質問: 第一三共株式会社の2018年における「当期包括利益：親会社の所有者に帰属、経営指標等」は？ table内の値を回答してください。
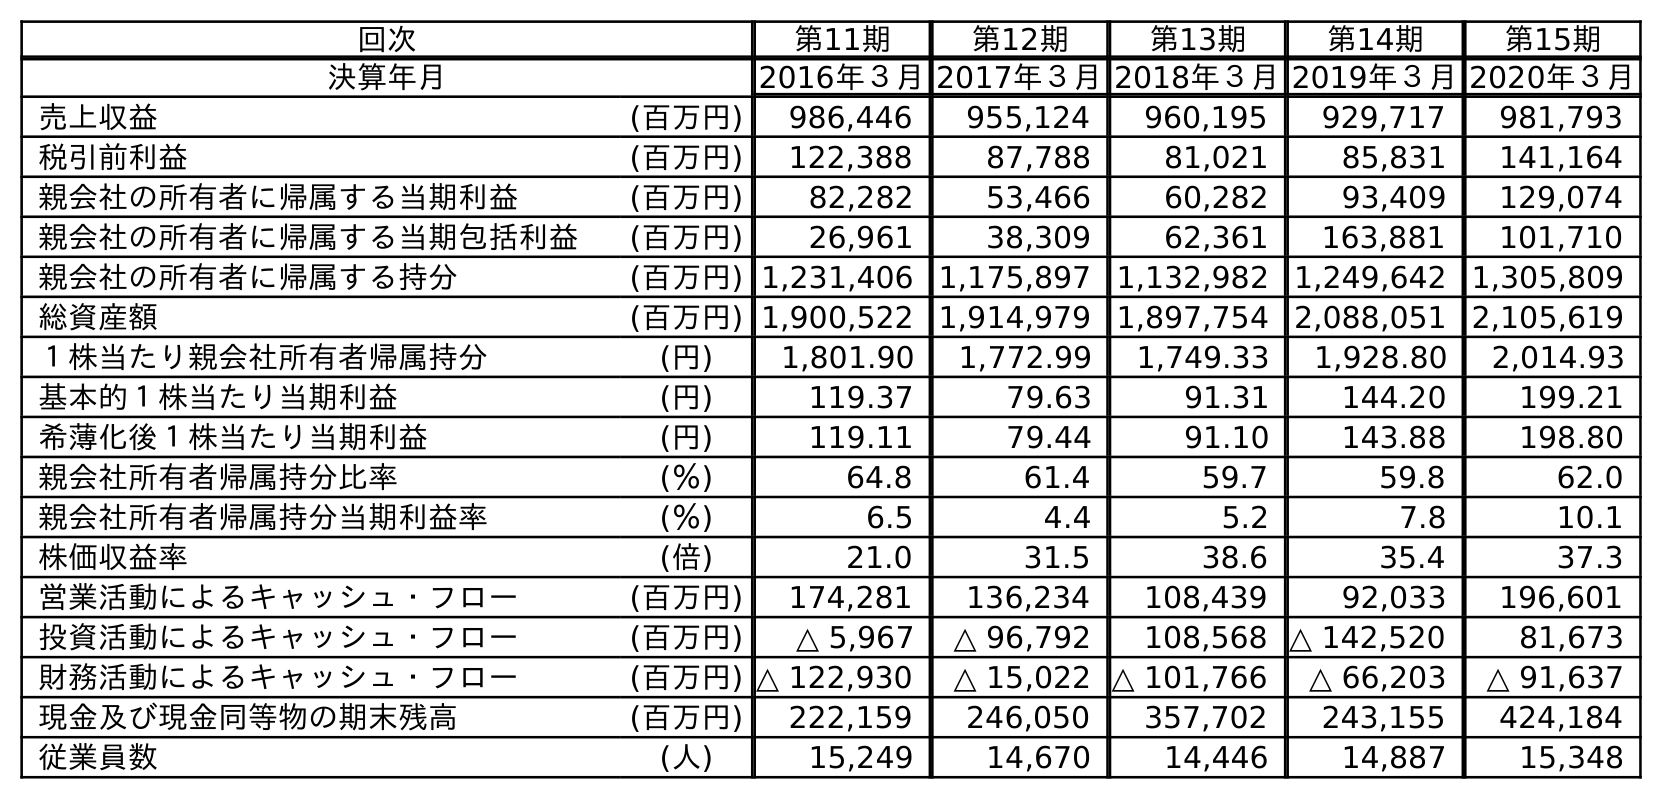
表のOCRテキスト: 回次 第11期 第12期 第13期 第14期 第15期 決算年月 2016年３月2017年３月2018年３月2019年３月2020年３月 売上収益 (百万円) 986,446 955,124 960,195 929,717 981,793 税引前利益 (百万円) 122,388 87,788 81,021 85,831 141,164 親会社の所有者に帰属する当期利益 (百万円) 82,282 53,466 60,282 93,409 129,074 親会社の所有者に帰属する当期包括利益 (百万円) 26,961 38,309 62,361 163,881 101,710 親会社の所有者に帰属する持分 (百万円) 1,231,406 1,175,897 1,132,982 1,249,642 1,305,809 総資産額 (百万円) 1,900,522 1,914,979 1,897,754 2,088,051 2,105,619 １株当たり親会社所有者帰属持分 (円) 1,801.90 1,772.99 1,749.33 1,928.80 2,014.93 基本的１株当たり当期利益 (円) 119.37 79.63 91.31 144.20 199.21 希薄化後１株当たり当期利益 (円) 119.11 79.44 91.10 143.88 198.80 親会社所有者帰属持分比率 (％) 64.8 61.4 59.7 59.8 62.0 親会社所有者帰属持分当期利益率 (％) 6.5 4.4 5.2 7.8 10.1 株価収益率 (倍) 21.0 31.5 38.6 35.4 37.3 営業活動によるキャッシュ・フロー (百万円) 174,281 136,234 108,439 92,033 196,601 投資活動によるキャッシュ・フロー (百万円) △ 5,967 △ 96,792 108,568 △ 142,520 81,673 財務活動によるキャッシュ・フロー (百万円) △ 122,930 △ 15,022 △ 101,766 △ 66,203 △ 91,637 現金及び現金同等物の期末残高 (百万円) 222,159 246,050 357,702 243,155 424,184 従業員数 (人) 15,249 14,670 14,446 14,887 15,348
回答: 62,361